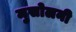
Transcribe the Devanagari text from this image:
मुसोलनी